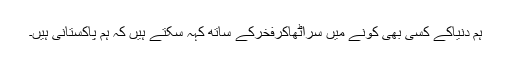
ہم دنیاکے کسی بھی کونے میں سراٹھاکرفخرکے ساتھ کہہ سکتے ہیں کہ ہم پاکستانی ہیں۔